Triennial report on the lunatic asylums in the province of Eastern Bengal and Assam - 1903-1911
Year: 1903
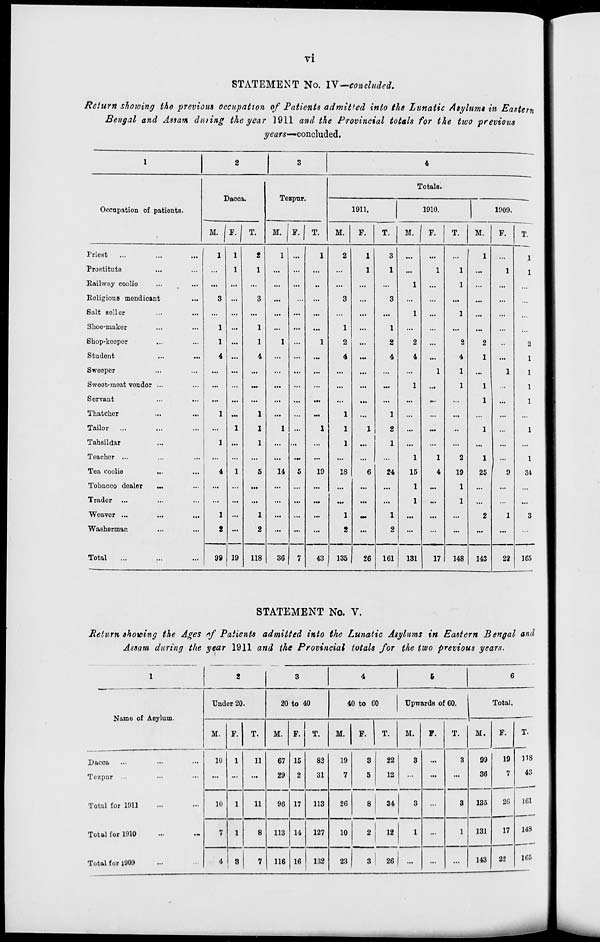
vi
STATEMENT No. IV—concluded.
Ret urn showing the previous occupation of Patients admitted into the Lunatic Asylums in Eastern
Bengal and Assam during the year 1911 and the Provincial totals for the two previous
years—concluded.
1
Occupation of patients.
Priest ... ... ...
Prostitute ... ...
Railway coolie ... ...
Religious mendicant ...
Salt seller ... ...
Shoe-maker ... ...
Shop-keeper ... ...
Student ... ...
Sweeper ... ...
Sweet-meat vendor ... ...
Servant ... ...
Thatcher ... ...
Tailor ... ... ...
Tahsildar ... ...
Teacher ... ... ...
Tea coolie
... ...
Tobacco dealer ... ...
Trader ... ... ...
Weaver ... ... ...
Washerman ... ...
Total ... ... ...
2
Dacca.
M.
1
...
...
3
...
1
1
4
...
...
...
1
...
1
...
4
...
...
1
2
99
F.
1
1
...
...
...
...
...
...
...
...
...
...
1
...
...
1
...
...
...
...
19
T.
2
1
...
3
...
1
1
4
...
...
...
1
1
1
...
5
...
...
1
2
118
3
Tezpur.
M.
1
...
...
...
...
...
1
...
...
...
...
...
1
...
...
14
...
...
...
...
36
F.
...
...
...
...
...
...
...
...
...
...
...
...
...
...
...
5
...
...
...
...
7
T.
1
...
...
...
...
...
1
...
...
...
...
...
1
...
...
19
...
...
...
...
43
4
Totals.
1911.
M.
2
...
...
3
...
1
2
4
...
...
...
1
1
1
...
18
...
...
1
2
135
F.
1
1
...
...
...
...
...
...
...
...
...
...
1
...
...
6
...
...
...
...
26
T.
3
1
...
3
...
1
2
4
...
...
...
1
2
1
...
24
...
...
1
2
161
1910.
M.
...
...
1
...
1
...
2
4
...
1
...
...
...
...
1
15
1
1
...
...
131
F.
...
1
...
...
...
...
...
...
1
...
...
...
...
...
1
4
...
...
...
...
17
T.
...
1
1
...
1
...
2
4
1
1
...
...
...
...
2
19
1
1
...
...
148
1909.
M.
1
...
...
...
...
...
2
1
...
1
1
...
1
...
1
25
...
...
2
...
143
F.
...
1
...
...
...
...
..
...
1
...
...
...
...
...
...
9
...
...
1
...
22
T.
1
1
...
...
...
...
2
1
1
1
1
...
1
...
1
34
...
...
3
...
165
STATEMENT No. V.
Return showing the Ages of Patients admitted into the Lunatic Asylums in Eastern Bengal and
Assam during the year 1911 and the Provincial totals for the two previous years.
1
Name of Asylum.
Dacca ... ... ...
Tezpur ... ... ...
Total for 1911 ... ...
Total for 1910 ... ...
Total for 1909 ... ...
2
Under 20.
M.
10
...
10
7
4
F.
1
...
1
1
3
T.
11
...
11
8
7
3
20 to 40
M.
67
29
96
113
116
F.
15
2
17
14
16
T.
82
31
113
127
132
4
40 to 60
M.
19
7
26
10
23
F.
3
5
8
2
3
T.
22
12
34
12
26
5
Upwards of 60.
M.
3
...
3
1
...
F.
...
...
...
...
...
T.
3
...
3
1
...
6
Total.
M.
99
36
135
131
143
F.
19
7
26
17
22
T.
118
43
161
148
165